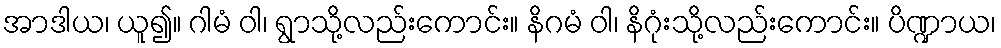
အာဒါယ၊ ယူ၍။ ဂါမံ ဝါ၊ ရွာသို့လည်းကောင်း။ နိဂမံ ဝါ၊ နိဂုံးသို့လည်းကောင်း။ ပိဏ္ဍာယ၊